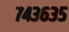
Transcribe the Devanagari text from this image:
७४३६३५